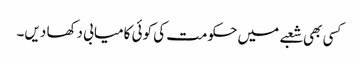
کسی بھی شعبے میں حکومت کی کوئی کامیابی دکھا دیں۔